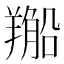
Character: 𦏂